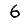
Digit: 6